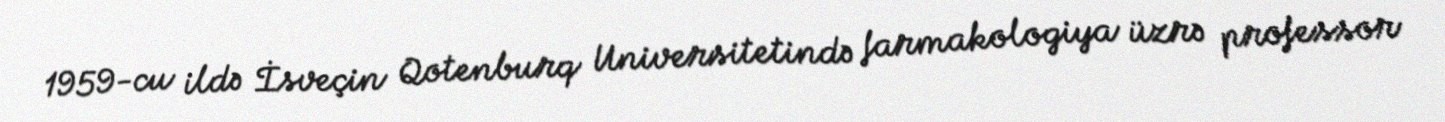
1959-cu ildə İsveçin Qotenburq Universitetində farmakologiya üzrə professor